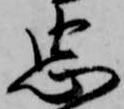
忠